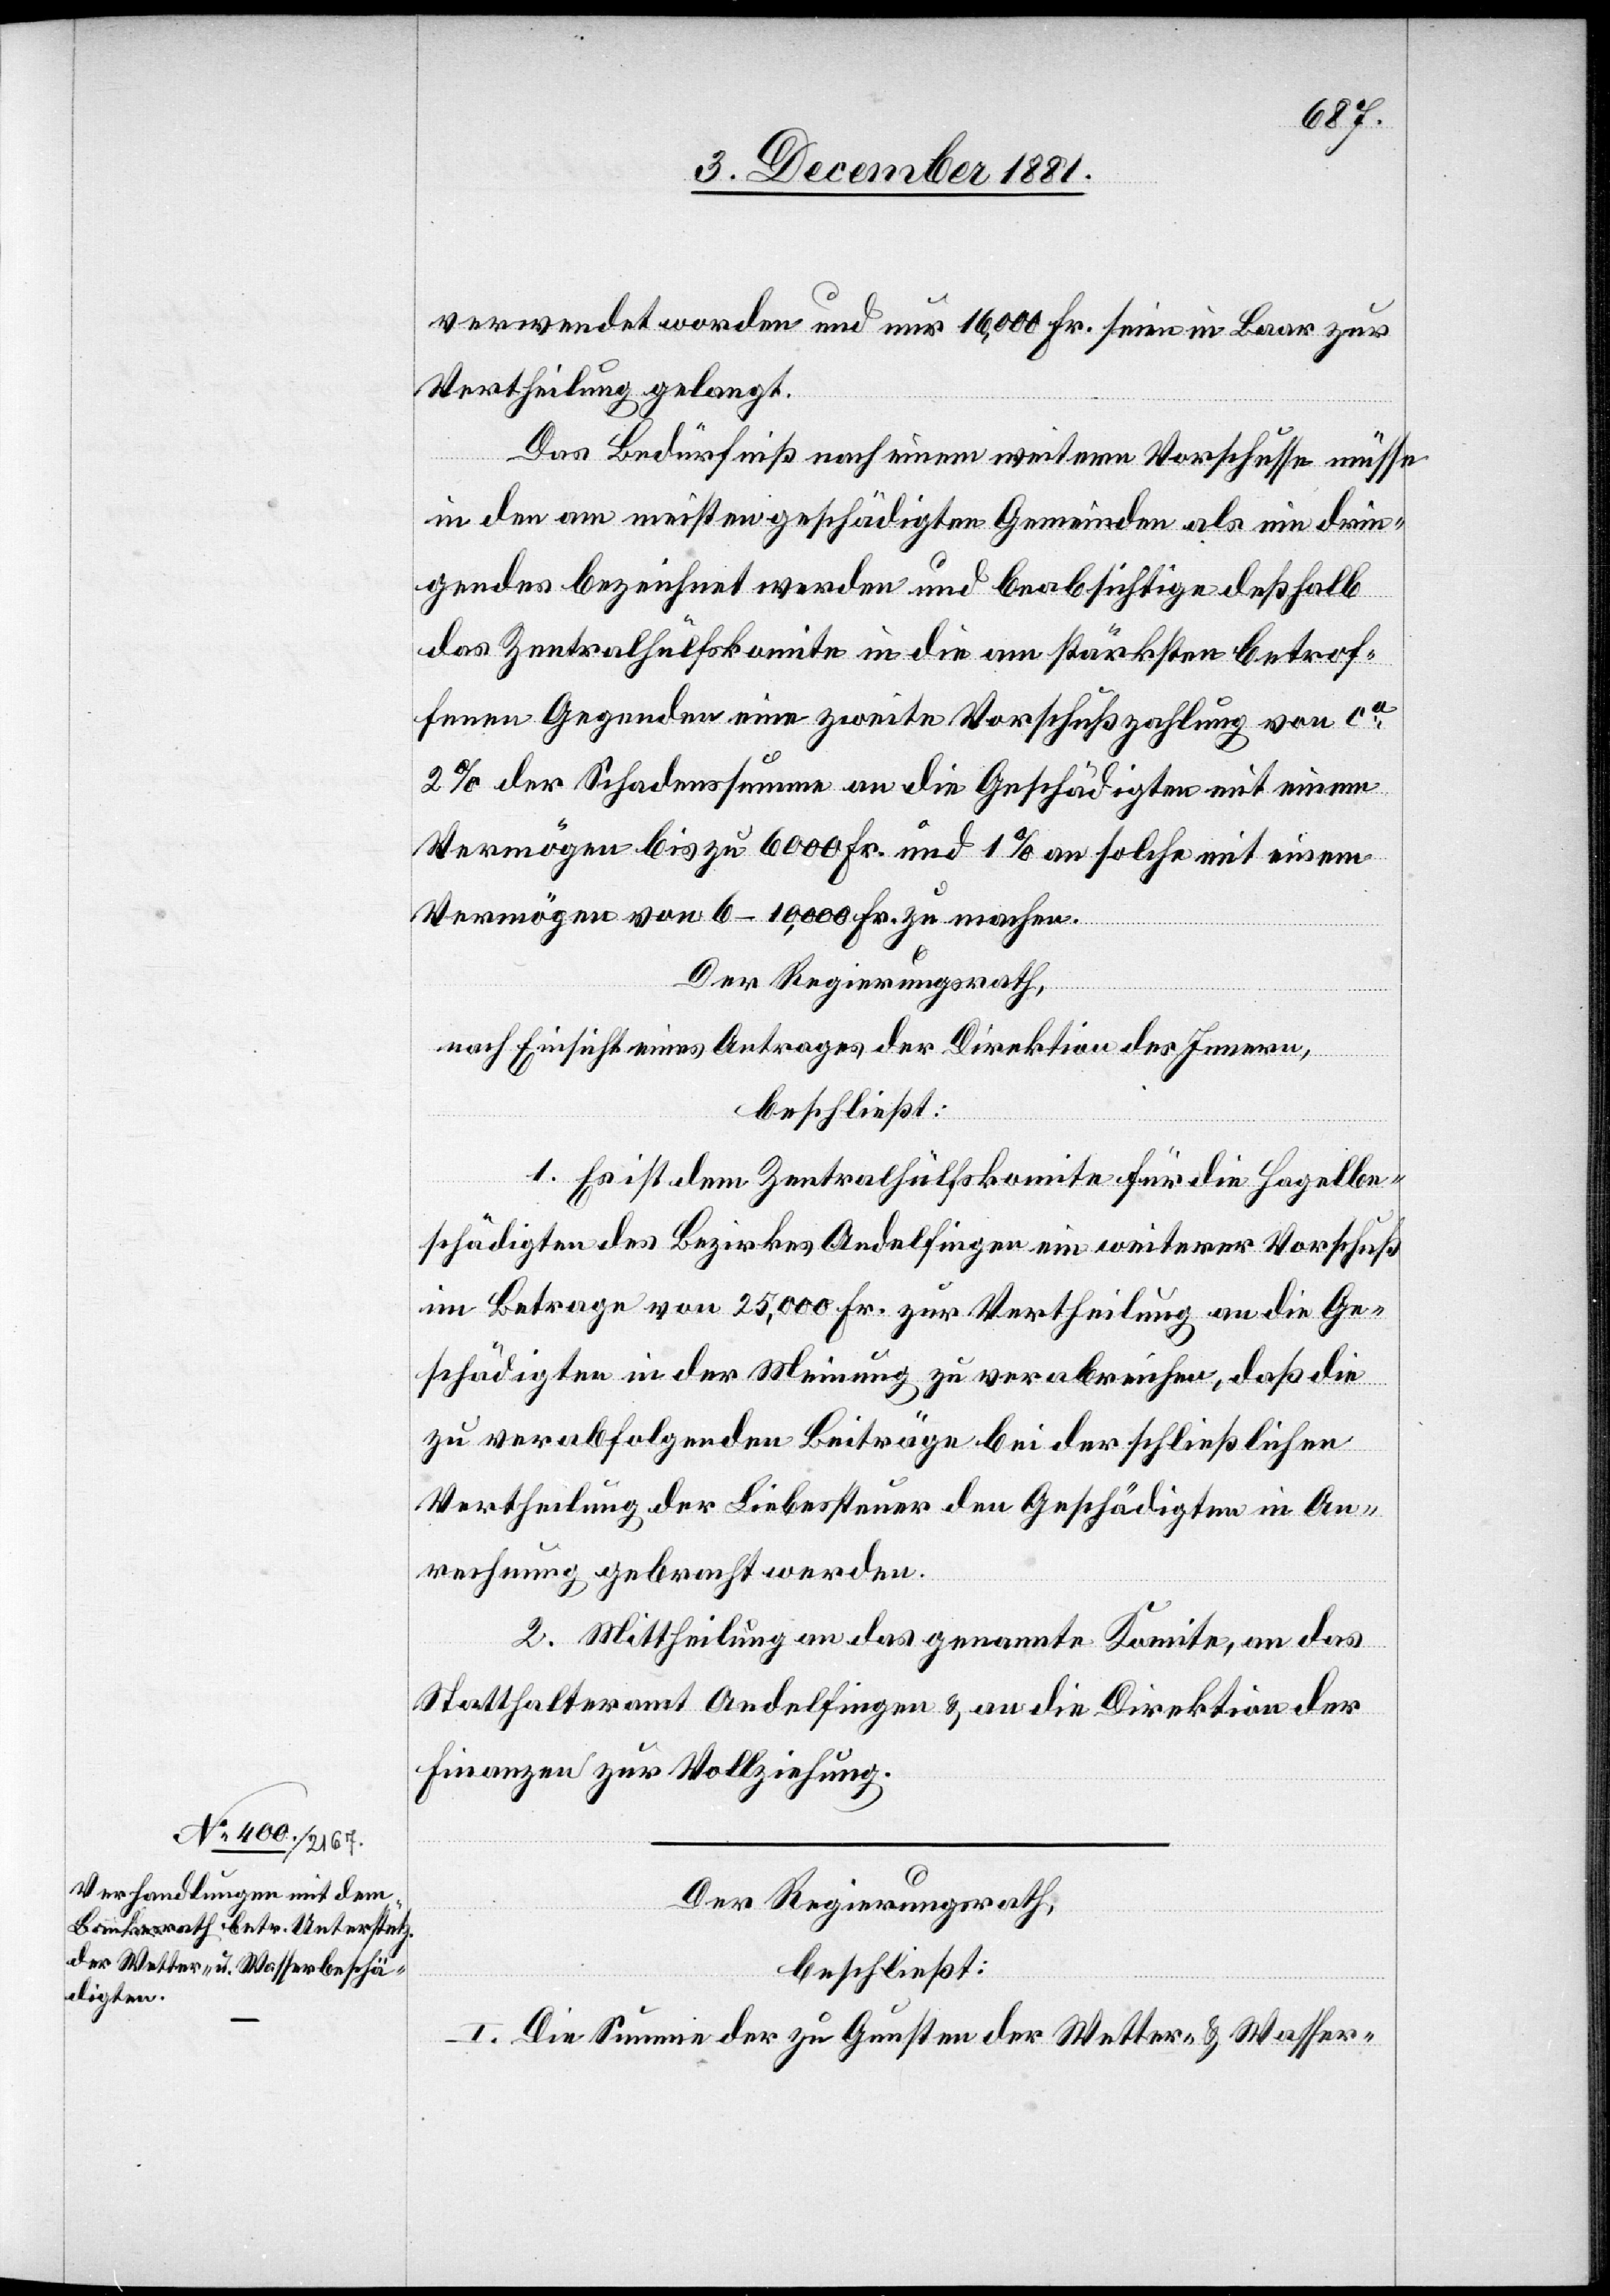
verwendet worden und nur 16,000 Fr. seien in Baar zur
Vertheilung gelangt.
Das Bedürfniß nach einem weitern Vorschusse müsse
in den am meisten geschädigten Gemeinden als ein drin¬
gendes bezeichnet werden und beabsichtige deßhalb
das Zentralhülfskomite in die am stärksten betrof¬
fenen Gegenden eine zweite Vorschußzahlung von ca
2% der Schadenssumme an die Geschädigten mit einem
Vermögen bis zu 6000 Fr. und 1% an solche mit einem
Vermögen von 6–10,000 Fr. zu machen.
Der Regierungsrath,
nach Einsicht eines Antrages der Direktion des Innern,
beschließt:
1. Es ist dem Zentralhülfskomite für die Hagelbe¬
schädigten des Bezirkes Andelfingen ein weiterer Vorschuß
im Betrage von 25,000 Fr. zur Vertheilung an die Ge¬
schädigten in der Meinung zu verabreichen, daß die
zu verabfolgenden Beiträge bei der schließlichen
Vertheilung der Liebessteuer den Geschädigten in An¬
rechnung gebracht werden.
2. Mittheilung an das genannte Komite, an das
Statthalteramt Andelfingen & an die Direktion der
Finanzen zur Vollziehung.
Der Regierungsrath,
beschließt:
I. Die Summe der zu Gunsten der Wetter- & Wasser-